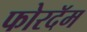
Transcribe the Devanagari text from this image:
फोरदॅम